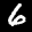
Label: 6